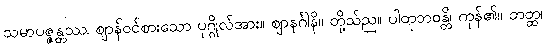
သမာပဇ္ဇန္တဿ၊ ဈာန်ဝင်စားသော ပုဂ္ဂိုလ်အား။ ဈာနင်္ဂါနိ။ တို့သ်ည။ ပါတုဘဝန္တိ၊ ကုန်၏။ တတ္ထ၊